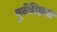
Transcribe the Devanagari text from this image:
पुर्वेतिहासा